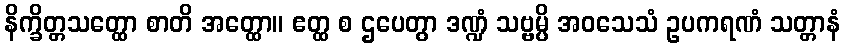
နိက္ခိတ္တသတ္ထော စာတိ အတ္ထော။ ဧတ္ထ စ ဌပေတွာ ဒဏ္ဍံ သဗ္ဗမ္ပိ အဝသေသံ ဥပကရဏံ သတ္တာနံ